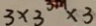
3 \times 3 ^ { 3 m } \times 3